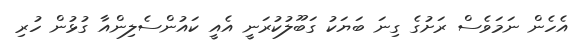
އެހެން ނަމަވެސް ރަށުގެ ގިނަ ބަޔަކު ގަބޫލުކުރަނީ އެއީ ކައުންސެލިންއާ ގުޅުން ހުރި